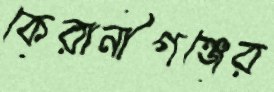
কেরানীগঞ্জের